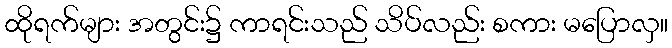
ထိုရက်များ အတွင်း၌ ကာရင်းသည် သိပ်လည်း စကား မပြောလှ။